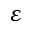
\varepsilon